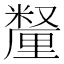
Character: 𫒄